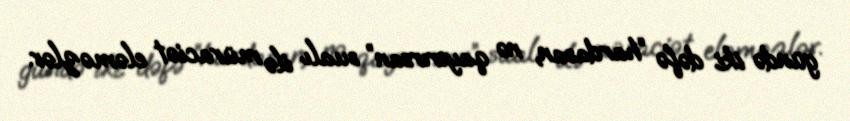
gündə iki dəfə “hardasan, nə qayırırsan” sualı ilə müraciət eləməzlər.